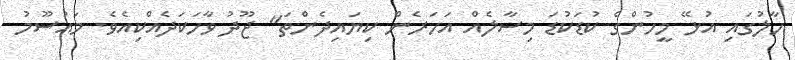
ހާލުގައި އުޅޭ މީހުންގެ ކުޑަކުޑަ މިސާލެއް އަހަރެން ކިޔައިދެންތަ" ޖޫދު ވާހަކަދެއްކިއެވެ. މައުސޫމު